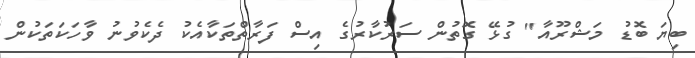
ބިޔަ ބޮޑު މަޝްރޫއާ" ގުޅޭ ގޮތުން ސަރުކާރުގެ އިސް ފަރާތްތަކާއެކު ދެކެވުނު ވާހަކަތަކުން